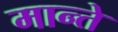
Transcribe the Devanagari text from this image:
मान्ते